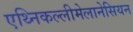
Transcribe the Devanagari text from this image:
एथ्निकल्लीमेलानेसियन